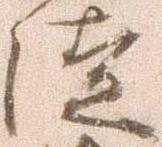
徒